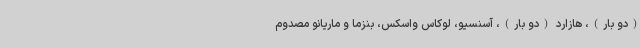
(دو بار)، هازارد (دو بار)، آسنسیو، لوکاس واسکس، بنزما و ماریانو مصدوم